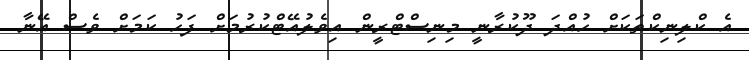
އެ ކްލިނިކްތަކަށް ހުއްދަ ދޫކުރާނީ މިނިސްޓްރީން އިވެލުއޭޓްކުރުމަށް ފަހު ކަމަށް ވެސް އޭނާ